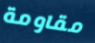
مقاومة